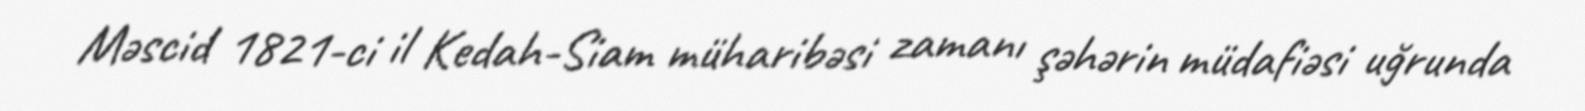
Məscid 1821-ci il Kedah-Siam müharibəsi zamanı şəhərin müdafiəsi uğrunda